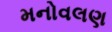
મનોવલણ